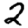
Digit: 2